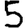
Digit: 5